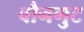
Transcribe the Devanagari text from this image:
वौनगुट